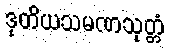
ဒုတိယသမဏသုတ္တံ